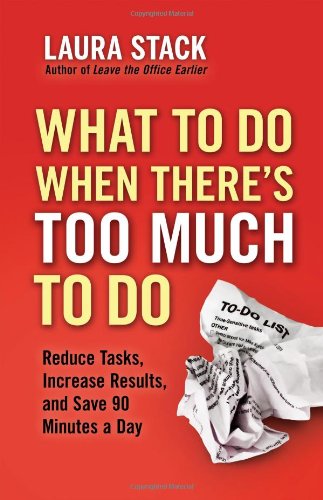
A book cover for What To Do When There's Too Much To Do: Reduce Tasks, Increase Results, and Save 90 a Minutes Day; Laura Stack; Business & Money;